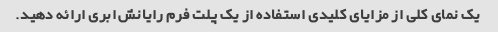
یک نمای کلی از مزایای کلیدی استفاده از یک پلت فرم رایانش ابری ارائه دهید.